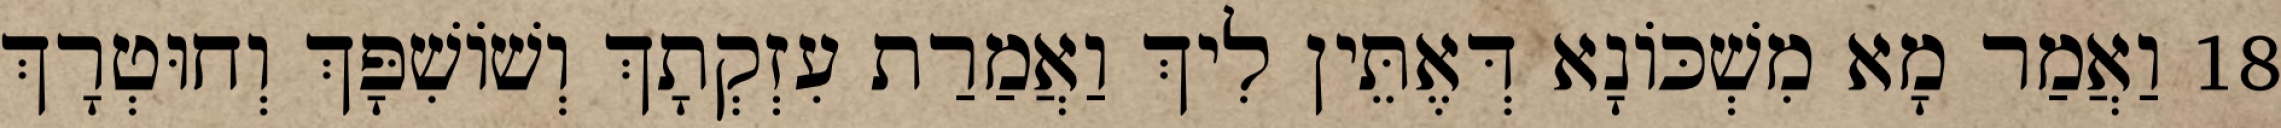
18 וַאֲמַר מָא מִשְׁכּוֹנָא דְּאֶתֵּין לִיךְ וַאֲמַרַת עִזְקְתָךְ וְשׁוֹשִׁפָּךְ וְחוּטְרָךְ